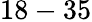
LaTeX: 18-35